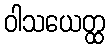
ဝါသယေတ္ထ